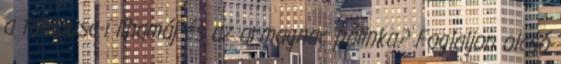
a toulouse-i libamáj és az armagnac pálinka? Foglaljon olcsó